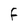
Character: F